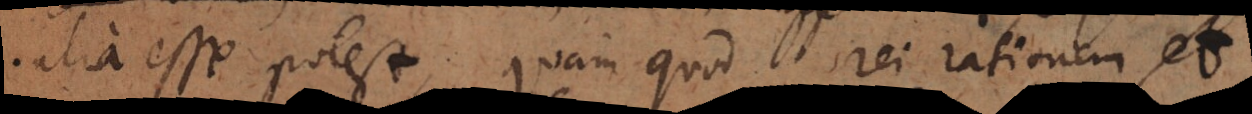
alia esse potest, quam quod rei rationem et